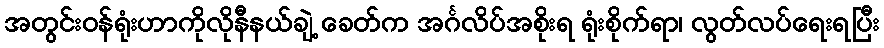
အတွင်းဝန်ရုံးဟာကိုလိုနီနယ်ချဲ့ ခေတ်က အင်္ဂလိပ်အစိုးရ ရုံးစိုက်ရာ၊ လွတ်လပ်ရေးရပြီး